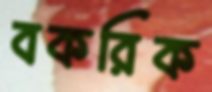
বকরিক